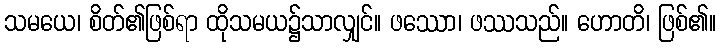
သမယေ၊ စိတ်၏ဖြစ်ရာ ထိုသမယ၌သာလျှင်။ ဖဿော၊ ဖဿသည်။ ဟောတိ၊ ဖြစ်၏။